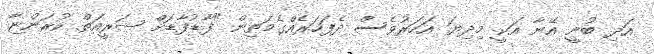
އަދި ބުނީ އޭނާ އަކީ މިދިޔަ އަހަރުވެސް ދެފަހަރެއްގެމަތިން "ފާޑުފާޑަށް ޝަރީއަތް ކުރަންޏާ